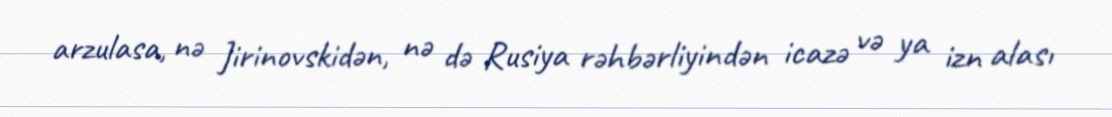
arzulasa, nə Jirinovskidən, nə də Rusiya rəhbərliyindən icazə və ya izn alası